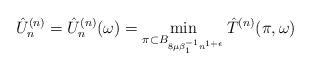
LaTeX: \begin{align*}\hat{U}^{(n)}_n = \hat{U}^{(n)}_n(\omega) = \min_{\pi \subset B_{8\mu\beta^{-1}_1 n^{1+\epsilon}}} \hat{T}^{(n)}(\pi,\omega)\end{align*}